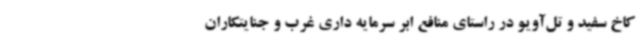
کاخ سفید و تل‌آویو در راستای منافع ابر سرمایه داری غرب و جنایتکاران